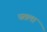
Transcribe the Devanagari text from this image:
घतला